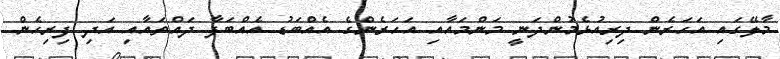
މާލޭގައި އަހަރެން ދިރިއުޅެމުންދަނީ މަންމައާއި އަހަރެންގެ އެއްބަޑު އެއްބަފާ ދައްތައާއި އަދި ފިރިހެން